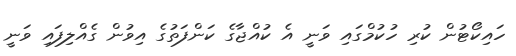
ހައިކޯޓުން ކުރި ހުކުމްގައި ވަނީ އެ ކުއްޖާގެ ކަންފަތުގެ އިވުން ގެއްލިފައި ވަނީ